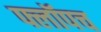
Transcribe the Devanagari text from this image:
फ्लॉपच